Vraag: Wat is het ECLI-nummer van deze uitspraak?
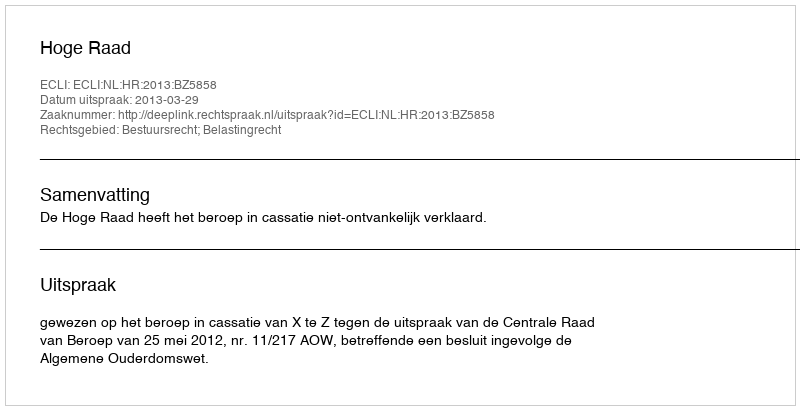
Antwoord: ECLI:NL:HR:2013:BZ5858